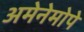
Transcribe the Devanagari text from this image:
अमेनेमोपे